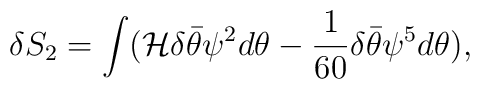
\delta S_2 =  \int ({\cal H} \delta \bar\theta \psi^2 d\theta - {1\over 60}\delta \bar\theta \psi^5 d\theta),